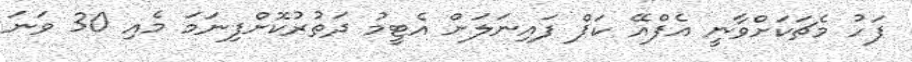
ފަހު މެޗަކަށްވާނީ އެފްއޭ ކަޕް ފައިނަލަށް އެޓީމު ދަތުރުކޮށްފިނަމަ މެއި 30 ވަނަ